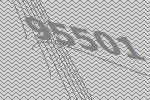
95501